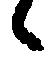
候